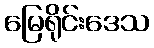
မြေရိုင်းဒေသ